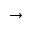
\to